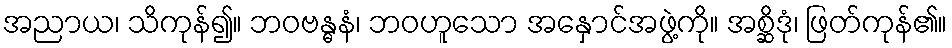
အညာယ၊ သိကုန်၍။ ဘဝဗန္ဓနံ၊ ဘဝဟူသော အနှောင်အဖွဲ့ကို။ အစ္ဆိဒုံ၊ ဖြတ်ကုန်၏။